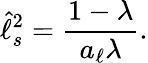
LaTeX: \hat{\ell}_{s}^{2}=\frac{1-\lambda}{a_{\ell}\lambda}.